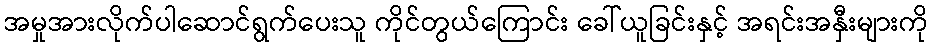
အမှုအားလိုက်ပါဆောင်ရွက်ပေးသူ ကိုင်တွယ်ကြောင်း ခေါ်ယူခြင်းနှင့် အရင်းအနှီးများကို